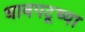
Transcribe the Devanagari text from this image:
धावपटूच्या